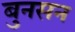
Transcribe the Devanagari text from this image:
बुनसन